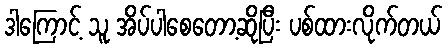
ဒါကြောင့် သူ အိပ်ပါစေတော့ဆိုပြီး ပစ်ထားလိုက်တယ်